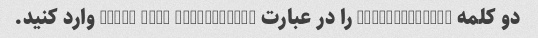
دو کلمه "self-driven" را در عبارت "open-ended ____ ____" وارد کنید.